Civil Veterinary Department Bihar & Orissa reports 1922-29 - 1922-1929
Year: 1922
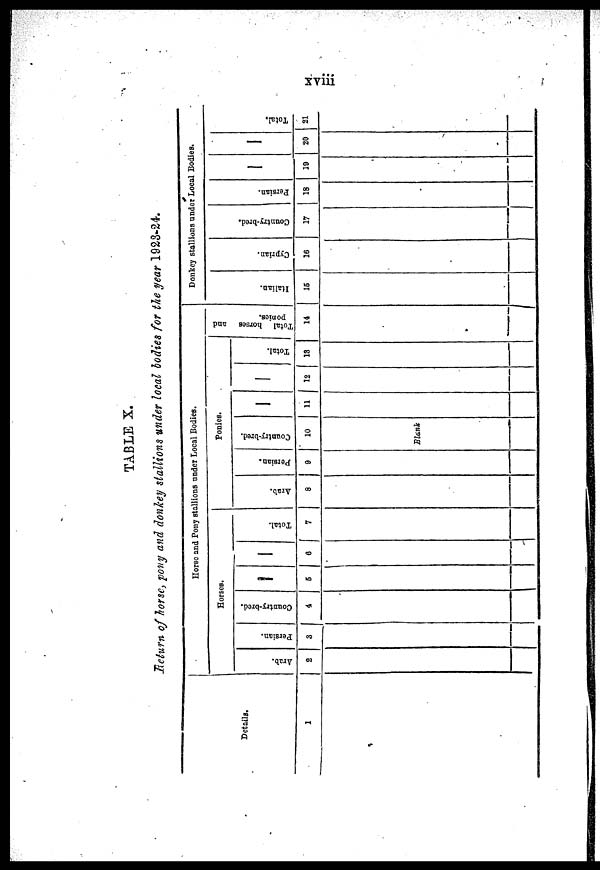
TABLE X.
Return 0f horse, pony and donkey stallions under local bodies for the year 1923-24.
Details.
Horse and Pony stallions under Local Bodies.
Horses.
Arab.
Persian.
3
Country-bred.
4
Total.
5 | 6 |
7
Ponies.
Arab.
8
Persian.
9
Country-bred.
10
Blank
11 12
Total.
13
Total horses and
ponies.
14
Donkey stallions under Local Bodies.
Italian.
16
Cyprian.
16
Country-bred.
17
Persian.
18
10
20
Total.
21